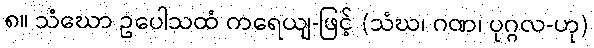
၈။ သံဃော ဥပေါသထံ ကရေယျ-ဖြင့် (သံဃ၊ ဂဏ၊ ပုဂ္ဂလ-ဟု)